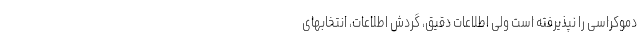
دموکراسی را نپذیرفته است ولی اطلاعات دقیق، گردش اطلاعات، انتخابهای